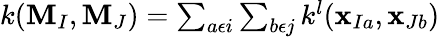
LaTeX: \begin{array}{r}{k(\mathbf{M}_{I},\mathbf{M}_{J})=\sum_{a\epsilon i}\sum_{b\epsilon j}k^{l}(\mathbf{x}_{Ia},\mathbf{x}_{Jb})}\end{array}